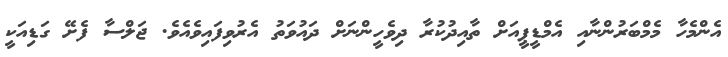
އެންމެހާ މެމްބަރުންނާއި އެމްޑީޕީއަށް ތާއިދުކުރާ ދިވެހީންނަށް ދައުވަތު އެރުވިފައިވެއެވެ. ޖަލްސާ ފެށޭ ގަޑިއަކީ